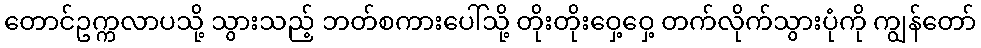
တောင်ဥက္ကလာပသို့ သွားသည့် ဘတ်စကားပေါ်သို့ တိုးတိုးဝှေ့ဝှေ့ တက်လိုက်သွားပုံကို ကျွန်တော်